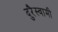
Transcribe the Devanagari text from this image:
दुरैस्वामी